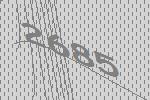
2685